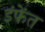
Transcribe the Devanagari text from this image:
इंफेंत